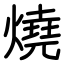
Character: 燒